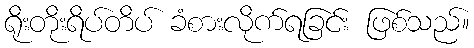
ရိုးတိုးရိပ်တိပ် ခံစားလိုက်ရခြင်း ဖြစ်သည်။